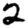
Digit: 2